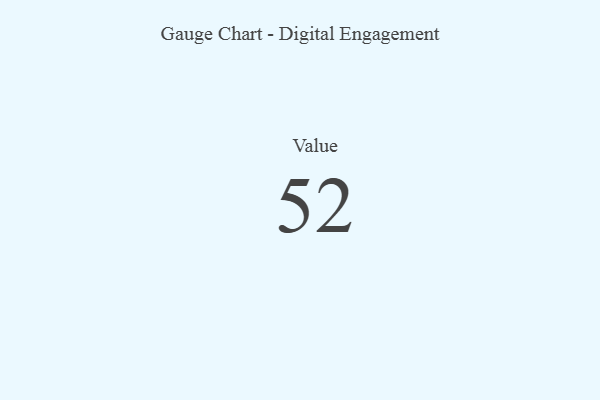
{"axis": {"x": "Metric", "y": "Value"}, "legend": [""], "data": [{"x": "Value", "y": 52, "type": ""}]}